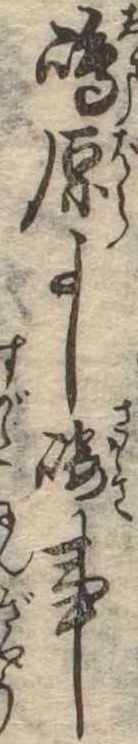
島原よし崎事